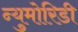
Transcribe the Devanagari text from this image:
न्युमोरिडी